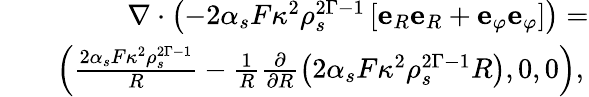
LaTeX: \begin{array}{rlr}&{}&{\left.\nabla\cdot\left(-2\alpha_{s}F\kappa^{2}\rho_{s}^{2\Gamma-1}\left[\mathbf{e}_{R}\mathbf{e}_{R}+\mathbf{e}_{\varphi}\mathbf{e}_{\varphi}\right]\right)=\right.}\\ &{}&{\left.\left(\frac{2\alpha_{s}F\kappa^{2}\rho_{s}^{2\Gamma-1}}{R}-\frac{1}{R}\frac{\partial}{\partial R}\left(2\alpha_{s}F\kappa^{2}\rho_{s}^{2\Gamma-1}R\right),0,0\right),\right.}\end{array}